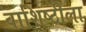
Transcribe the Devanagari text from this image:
वाशिष्ठीला